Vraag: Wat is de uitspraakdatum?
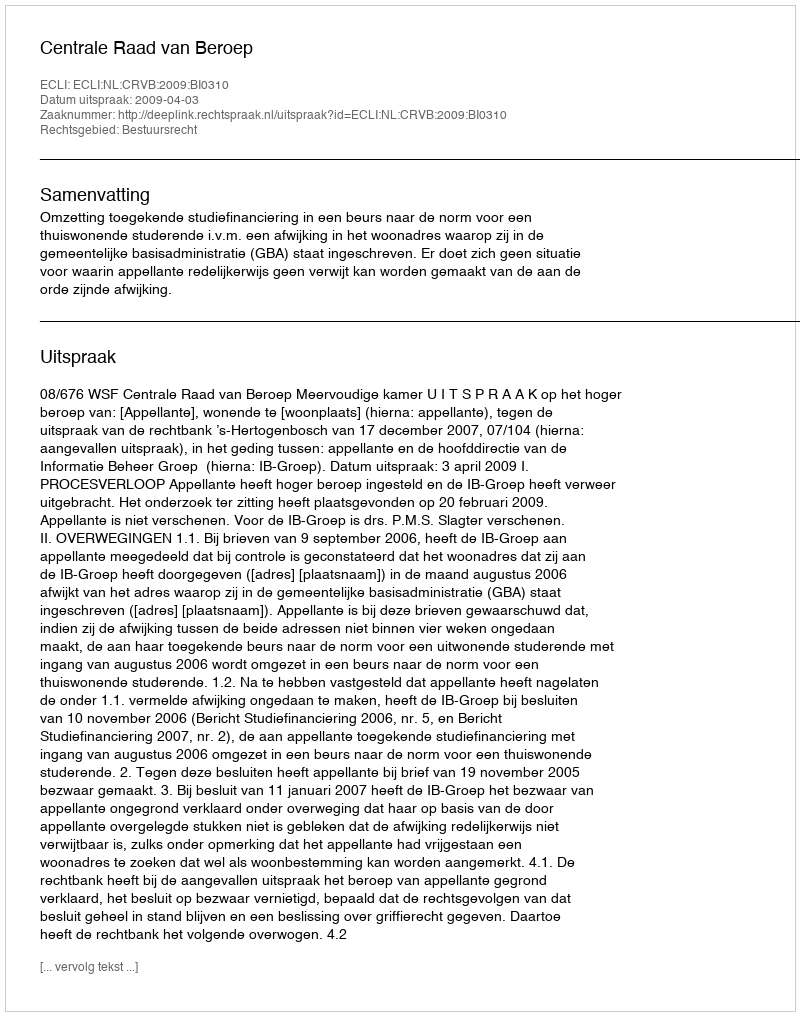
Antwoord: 2009-04-03